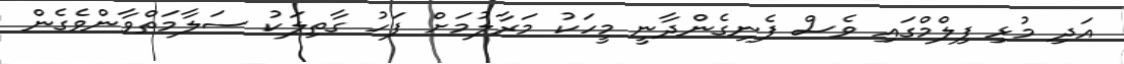
އަދި މުޅި ފިލްމްގައި ވެސް ފެނިގެންދާނީ މީހަކު މަރާލުމަށް ފަހު ގާތިލަކު ސަލާމަތްވާންވެގެން